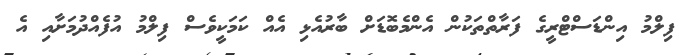
ފިލްމު އިންޑަސްޓްރީގެ ފަރާތްތަކުން އެންމެބޮޑަށް ބާރުއެޅި އެއް ކަމަކީވެސް ފިލްމު އުފެއްދުމަށާއި އެ